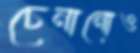
চেনানোও